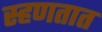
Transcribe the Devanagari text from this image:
स्हणतात